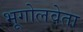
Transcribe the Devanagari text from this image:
भूगोलवेता